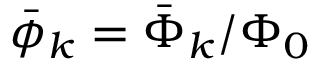
\bar { \phi } _ { k } = \bar { \Phi } _ { k } / \Phi _ { 0 }